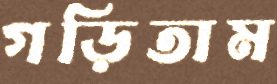
গড়িতাম